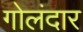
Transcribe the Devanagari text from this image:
गोलंदार